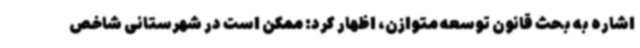
اشاره به بحث قانون توسعه متوازن، اظهار کرد: ممکن است در شهرستانی شاخص